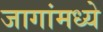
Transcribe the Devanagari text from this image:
जागांमध्ये